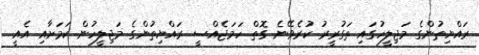
ރައްޔިތުންގެ މަޖިލީހުގައި ތަގުރީރު ކުރެވޭނެ ގޮތް ހަމަޖެއްސީ ރައްޔިތުންގެ މަޖިލީހުން ކަމަށާއި އެއީ